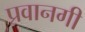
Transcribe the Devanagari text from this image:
प्रवानगी